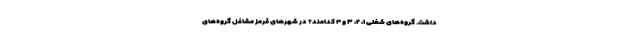
داشت. گروه‌های شغلی ۱، ۲، ۳ و ۴ کدامند؟ در شهر‌های قرمز مشاغل گروه‌های